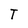
Character: T